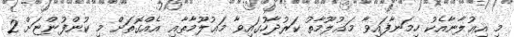
މި އިޢުލާނާއެކު ހިމަނާފައިވާ މަޢުލޫމާތު ކަރުދާހުގައިވާ މަޢުލޫމާތާއި އެއްގޮތަށް މި ކުންފުންޏަށް 2